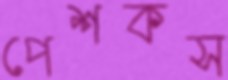
পেশকস